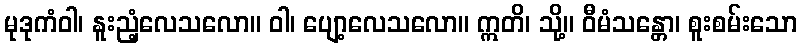
မုဒုကံဝါ၊ နူးညံ့လေသလော။ ဝါ၊ ပျော့လေသလော။ ဣတိ၊ သို့။ ဝီမံသန္တော၊ စူးစမ်းသော